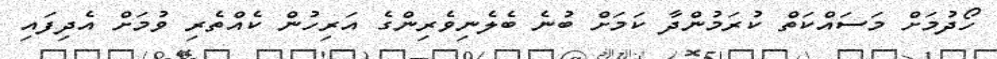
ހޯދުމަށް މަސައްކަތް ކުރަމުންދާ ކަމަށް ބުނެ ބެލެނިވެރިންގެ އަރިހުން ކެއްތެރި ވުމަށް އެދިފައި